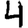
Digit: 4